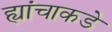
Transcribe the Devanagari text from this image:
ह्यांचाकडे